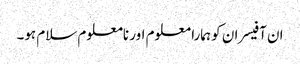
ان آفیسران کو ہمارا معلوم اور نامعلوم سلام ہو۔